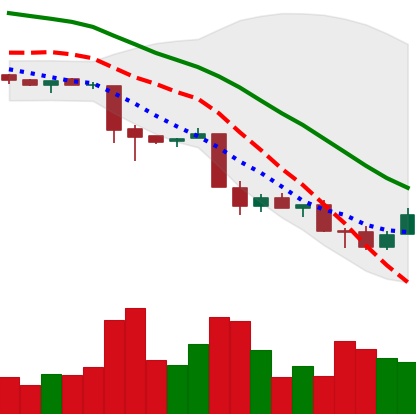
Ticker: XMR-USD
Chart end date: 2018-11-28
Forward return: -13.675%
Label: down_7plus